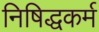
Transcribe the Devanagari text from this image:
निषिद्धकर्म